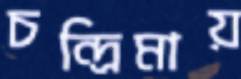
চন্দ্রিমায়